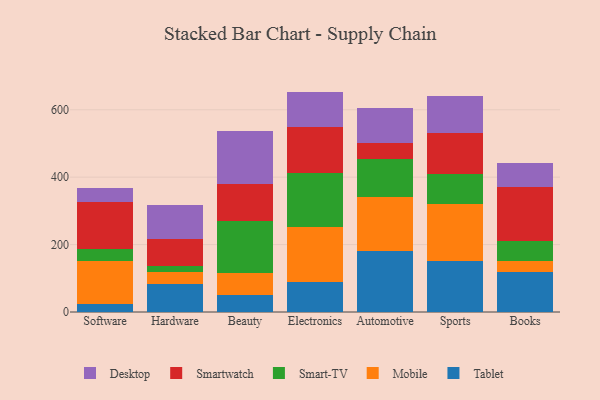
{"axis": {"x": "Category", "y": "Headcount"}, "legend": ["Desktop", "Mobile", "Smart-TV", "Smartwatch", "Tablet"], "data": [{"x": "Software", "y": 24.1, "type": "Tablet"}, {"x": "Software", "y": 127.6, "type": "Mobile"}, {"x": "Software", "y": 34.6, "type": "Smart-TV"}, {"x": "Software", "y": 140.6, "type": "Smartwatch"}, {"x": "Software", "y": 41.0, "type": "Desktop"}, {"x": "Hardware", "y": 83.7, "type": "Tablet"}, {"x": "Hardware", "y": 34.5, "type": "Mobile"}, {"x": "Hardware", "y": 18.7, "type": "Smart-TV"}, {"x": "Hardware", "y": 80.8, "type": "Smartwatch"}, {"x": "Hardware", "y": 98.6, "type": "Desktop"}, {"x": "Beauty", "y": 50.6, "type": "Tablet"}, {"x": "Beauty", "y": 65.7, "type": "Mobile"}, {"x": "Beauty", "y": 153.2, "type": "Smart-TV"}, {"x": "Beauty", "y": 108.9, "type": "Smartwatch"}, {"x": "Beauty", "y": 158.1, "type": "Desktop"}, {"x": "Electronics", "y": 88.4, "type": "Tablet"}, {"x": "Electronics", "y": 164.6, "type": "Mobile"}, {"x": "Electronics", "y": 158.6, "type": "Smart-TV"}, {"x": "Electronics", "y": 138.5, "type": "Smartwatch"}, {"x": "Electronics", "y": 103.8, "type": "Desktop"}, {"x": "Automotive", "y": 179.9, "type": "Tablet"}, {"x": "Automotive", "y": 160.6, "type": "Mobile"}, {"x": "Automotive", "y": 113.7, "type": "Smart-TV"}, {"x": "Automotive", "y": 47.3, "type": "Smartwatch"}, {"x": "Automotive", "y": 104.3, "type": "Desktop"}, {"x": "Sports", "y": 149.9, "type": "Tablet"}, {"x": "Sports", "y": 169.3, "type": "Mobile"}, {"x": "Sports", "y": 91.7, "type": "Smart-TV"}, {"x": "Sports", "y": 119.9, "type": "Smartwatch"}, {"x": "Sports", "y": 111.4, "type": "Desktop"}, {"x": "Books", "y": 118.1, "type": "Tablet"}, {"x": "Books", "y": 33.0, "type": "Mobile"}, {"x": "Books", "y": 58.3, "type": "Smart-TV"}, {"x": "Books", "y": 160.8, "type": "Smartwatch"}, {"x": "Books", "y": 72.0, "type": "Desktop"}]}